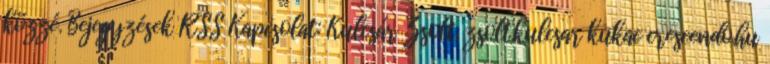
közzé. Bejegyzések RSS Kapcsolat: Kulcsár Zsolt, zsolt.kulcsar kukac crescendo.hu